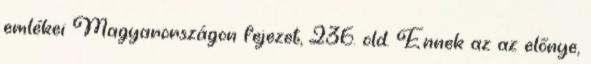
emlékei Magyarországon fejezet, 236. old. Ennek az az előnye,